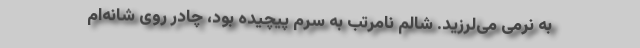
به نرمی می‌لرزید. شالم نامرتب به سرم پیچیده بود، چادر روی شانه‌ام